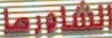
الشاورما